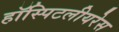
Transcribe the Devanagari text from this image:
हॉस्पिटलीयरेस